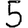
Digit: 5